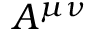
A ^ { \mu \nu }